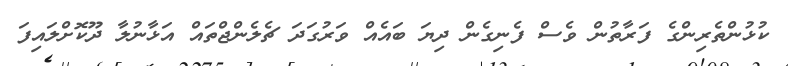
ކުޅުންތެރިންގެ ފަރާތުން ވެސް ފެނިގެން ދިޔަ ބައެއް ވަރުގަދަ ޗެލެންޖްތައް އަޅާނުލާ ދޫކޮށްލައިފަ